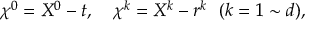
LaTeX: \chi ^ { 0 } = X ^ { 0 } - t , ~ ~ ~ \chi ^ { k } = X ^ { k } - r ^ { k } ~ ~ ( k = 1 \sim d ) ,